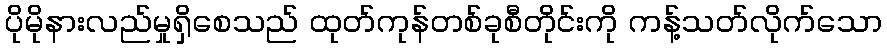
ပိုမိုနားလည်မှုရှိစေသည် ထုတ်ကုန်တစ်ခုစီတိုင်းကို ကန့်သတ်လိုက်သော